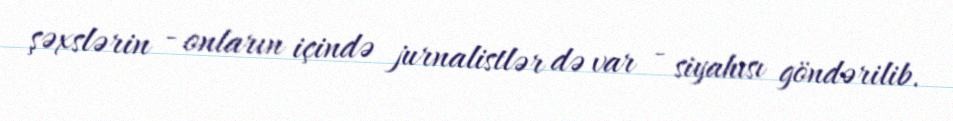
şəxslərin - onların içində jurnalistlər də var - siyahısı göndərilib.